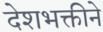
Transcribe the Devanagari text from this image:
देशभक्तीने